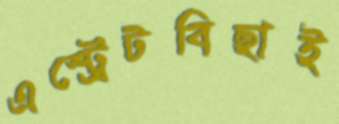
এস্ট্রেটবিছাই